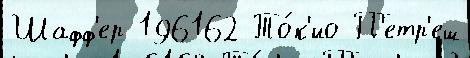
Шафф'ер 196162 То́к'ио П'етр'еш